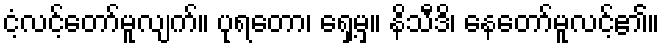
ငံ့လင့်တော်မူလျက်။ ပုရတော၊ ရှေ့မှ။ နိသီဒိ၊ နေတော်မူလင့်၏။